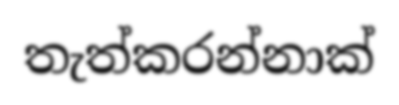
තැත්කරන්නාක්